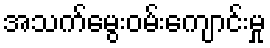
အသက်မွေးဝမ်းကျောင်းမှု